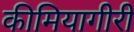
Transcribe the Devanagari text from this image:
कीमियागीरी